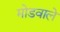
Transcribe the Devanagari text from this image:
मोडवाले